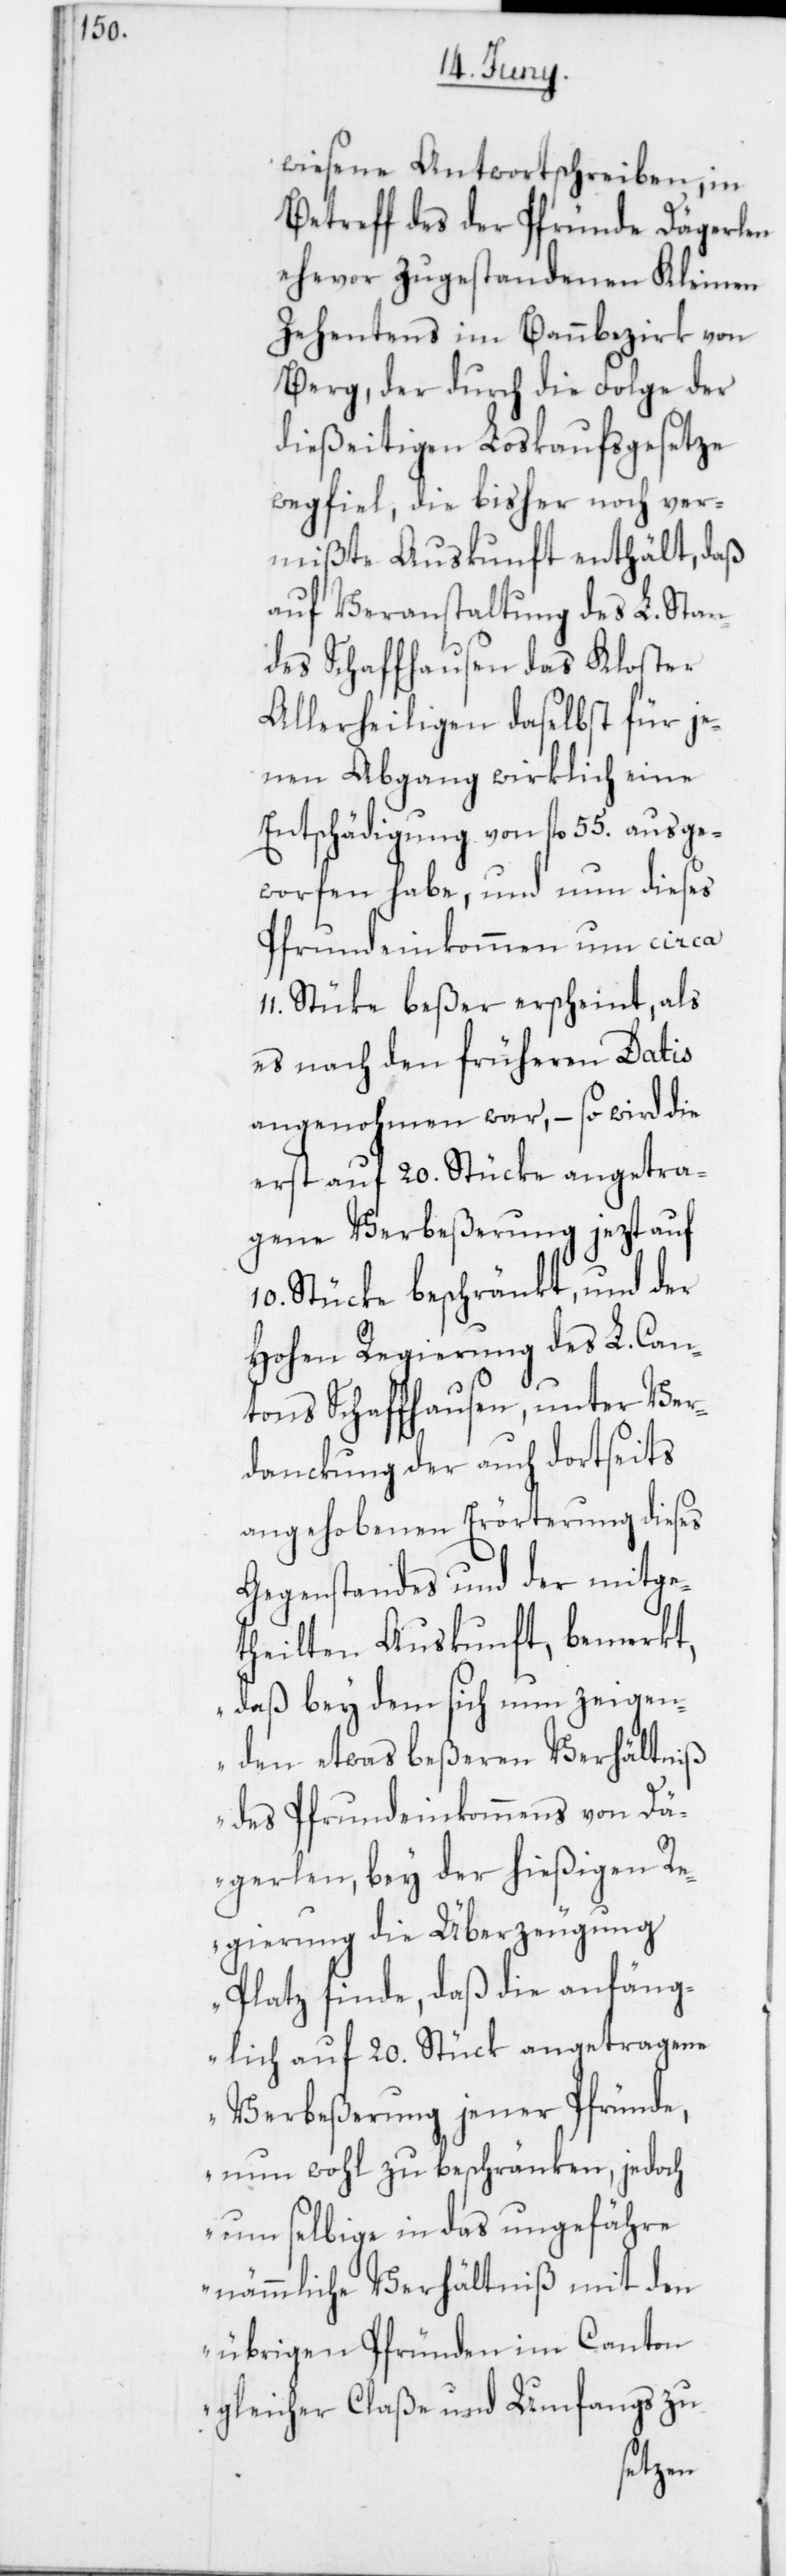
wiesene Antwortschreiben, in
Betreff des der Pfründe Dägerlen
ehevor zugestandenen Kleinen
Zehentens im Bannbezirk von
Berg, durch die Folge der
dießeitigen Loskaufsgesetze
wegfiel, die bisher noch ver¬
mißte Auskunft enthält, daß
auf Veranstaltung des L. Stan¬
des Schaffhausen das Kloster
Allerheiligen daselbst für je¬
nen Abgang wirklich eine
Entschädigung von fl 55. ausge¬
worfen habe, und nun dieses
Pfrundeinkommen um circa
Stüke beßer erscheint, als
es nach den früheren Datis
angenohmen war, – so wird die
erst auf 20. Stücke angetra¬
gene Verbeßerung jezt auf
10. Stücke beschränkt, und der
Hohen Regierung des L. Can¬
tons Schaffhausen, unter Ver¬
dankung der auch dortseits
angehobenen Erörterung dieses
Gegenstandes und der mitge¬
theilten Auskunft, bemerkt,
daß bey dem sich nun zeigen¬
den etwas beßeren Verhältniß
des Pfrundeinkommens von Dä¬
gerlen, bey der hießigen Re¬
gierung die Überzeugung
Platz finde, daß die anfäng¬
lich auf 20. Stück angetragene
Verbeßerung jener Pfründe,
nun wohl zu beschränken, jedoch
um selbige in das ungefähre
nämmliche Verhältniß mit den
übrigen Pfründen im Canton
gleicher Claße und Umfangs zu